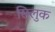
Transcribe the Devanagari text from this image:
सिलुक